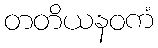
တတိယနဝကံ